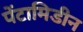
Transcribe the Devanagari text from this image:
पेंटामिडीन